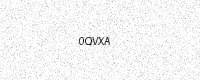
Text: 0QVXA